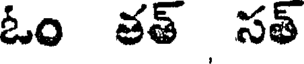
ఓం తత్ సత్